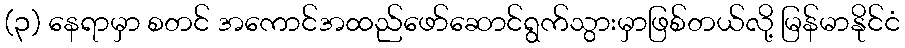
(၃) နေရာမှာ စတင် အကောင်အထည်ဖော်ဆောင်ရွက်သွားမှာဖြစ်တယ်လို့ မြန်မာနိုင်ငံ